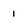
Character: 1